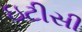
ઇટીસી